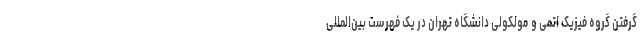
گرفتن گروه فیزیک اتمی و مولکولی دانشگاه تهران در یک فهرست بین‌المللی